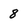
Character: 8